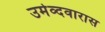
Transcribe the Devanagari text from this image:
उमेव्दवारास